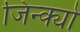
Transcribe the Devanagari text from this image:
जिन्क्यो